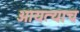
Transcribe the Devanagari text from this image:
आयत्याच